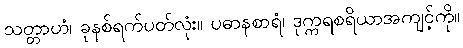
သတ္တာဟံ၊ ခုနစ်ရက်ပတ်လုံး။ ပဓာနစာရံ၊ ဒုက္ကရစရိယာအကျင့်ကို။